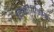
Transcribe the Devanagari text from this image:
विकीपिडीया